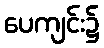
ပေကျင်း၌